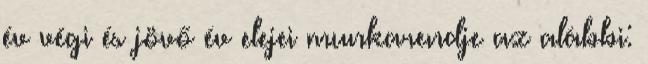
év végi és jövő év elejei munkarendje az alábbi: